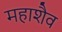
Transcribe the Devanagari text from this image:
महाशैव